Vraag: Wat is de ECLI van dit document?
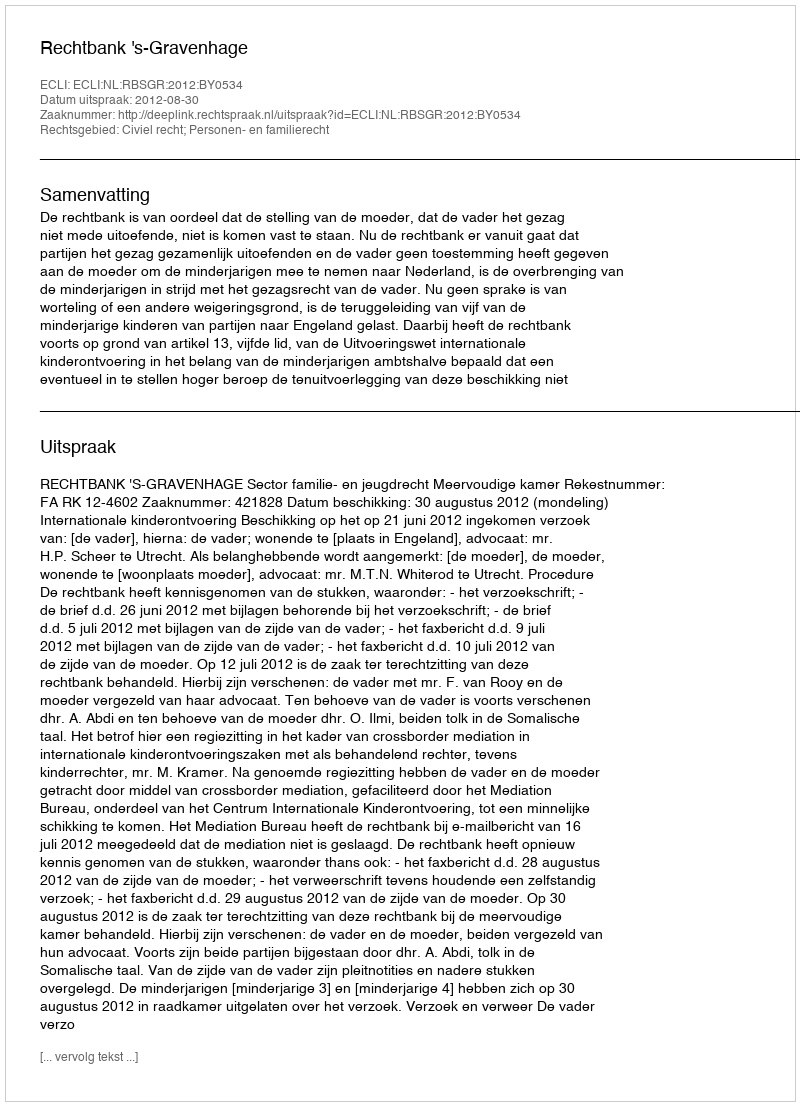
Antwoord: ECLI:NL:RBSGR:2012:BY0534